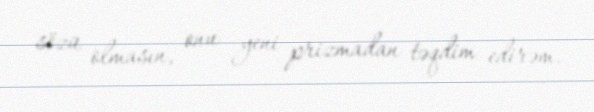
sözü olmasın, onu yeni prizmadan təqdim edirəm.